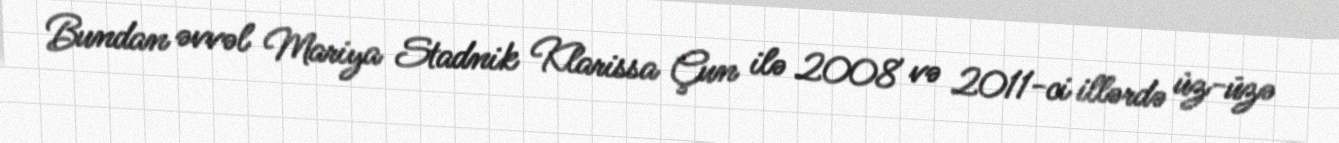
Bundan əvvəl Mariya Stadnik Klarissa Çun ilə 2008 və 2011-ci illərdə üz-üzə